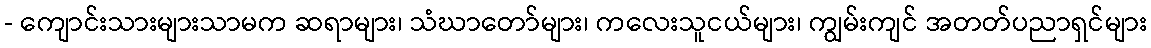
- ကျောင်းသားများသာမက ဆရာများ၊ သံဃာတော်များ၊ ကလေးသူငယ်များ၊ ကျွမ်းကျင် အတတ်ပညာရှင်များ